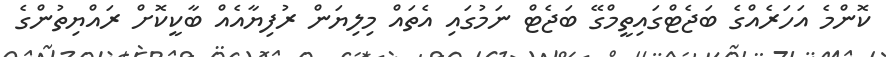
ކޮންމެ އަހަރެއްގެ ބަޖެޓްގައިތީމްގޭ ބަޖެޓް ނަމުގައި އެތައް މިލިޔަން ރުފިޔާއެއް ބާކީކޮށް ރައްޔިތުންގެ